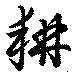
耕